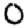
Digit: 0